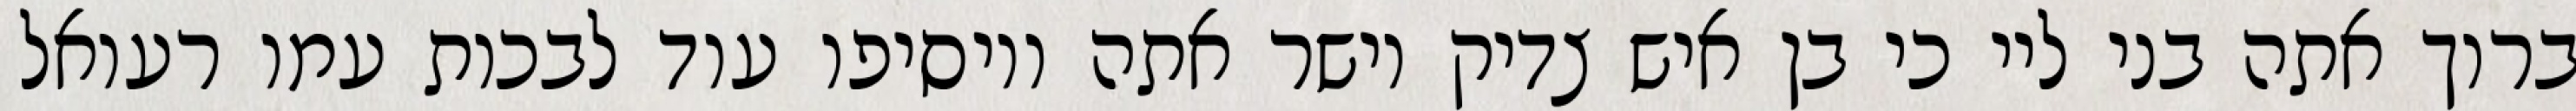
ברוך אתה בני ליי כי בן איש צדיק וישר אתה ויוסיפו עוד לבכות עמו רעואל